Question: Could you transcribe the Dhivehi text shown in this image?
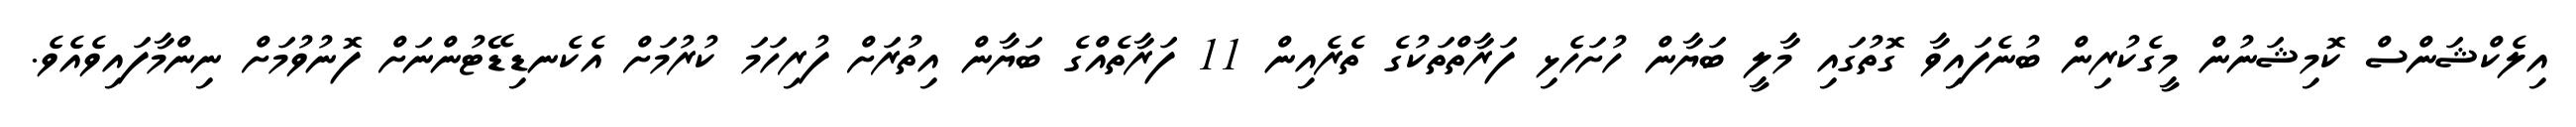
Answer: އިލެކްޝަންސް ކޮމިޝަނުން މީގެކުރިން ބުނެފައިވާ ގޮތުގައި މާލީ ބަޔާން ހުށަހެޅި ފަރާތްތަކުގެ ތެރެއިން 11 ފަރާތެއްގެ ބަޔާން އިތުރަށް ފުރިހަމަ ކުރުމަށް އެކެނޑިޑޭޓުންނަށް ފޮނުވުމަށް ނިންމާފައިވެއެވެ.